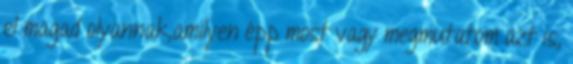
el magad olyannak,amilyen épp most vagy megmutatom azt is,